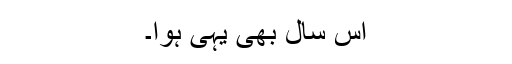
اس سال بھی یہی ہوا۔